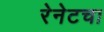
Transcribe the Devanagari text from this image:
रेनेटचा